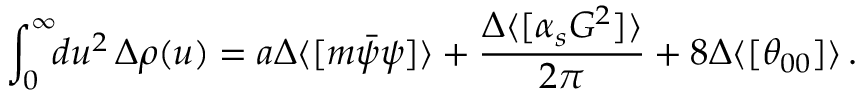
\int _ { 0 } ^ { \infty } \! \! d u ^ { 2 } \, \Delta \rho ( u ) = a \Delta \langle [ m \bar { \psi } \psi ] \rangle + { \frac { \Delta \langle [ \alpha _ { s } G ^ { 2 } ] \rangle } { 2 \pi } } + 8 \Delta \langle [ \theta _ { 0 0 } ] \rangle \, .